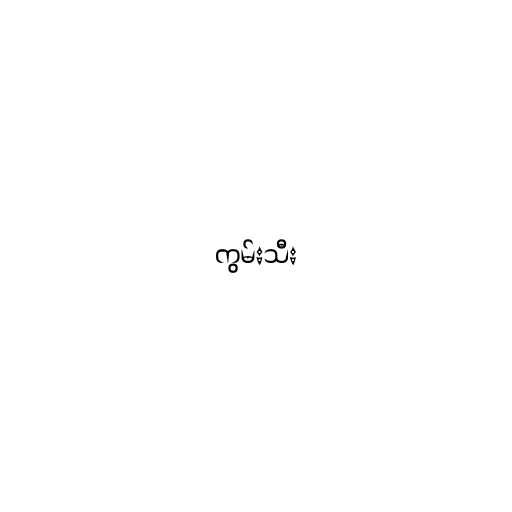
ကွမ်းသီး